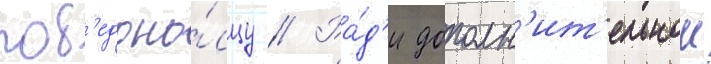
поб'едоно́сцу // Ра́д'и дополн'ит'ельнои